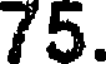
75.